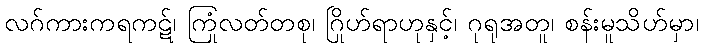
လဂ်ကားကရကဋ်၊ ကြုံလတ်တစု၊ ဂြိုဟ်ရာဟုနှင့်၊ ဂုရုအတူ၊ စန်းမူသိဟ်မှာ၊